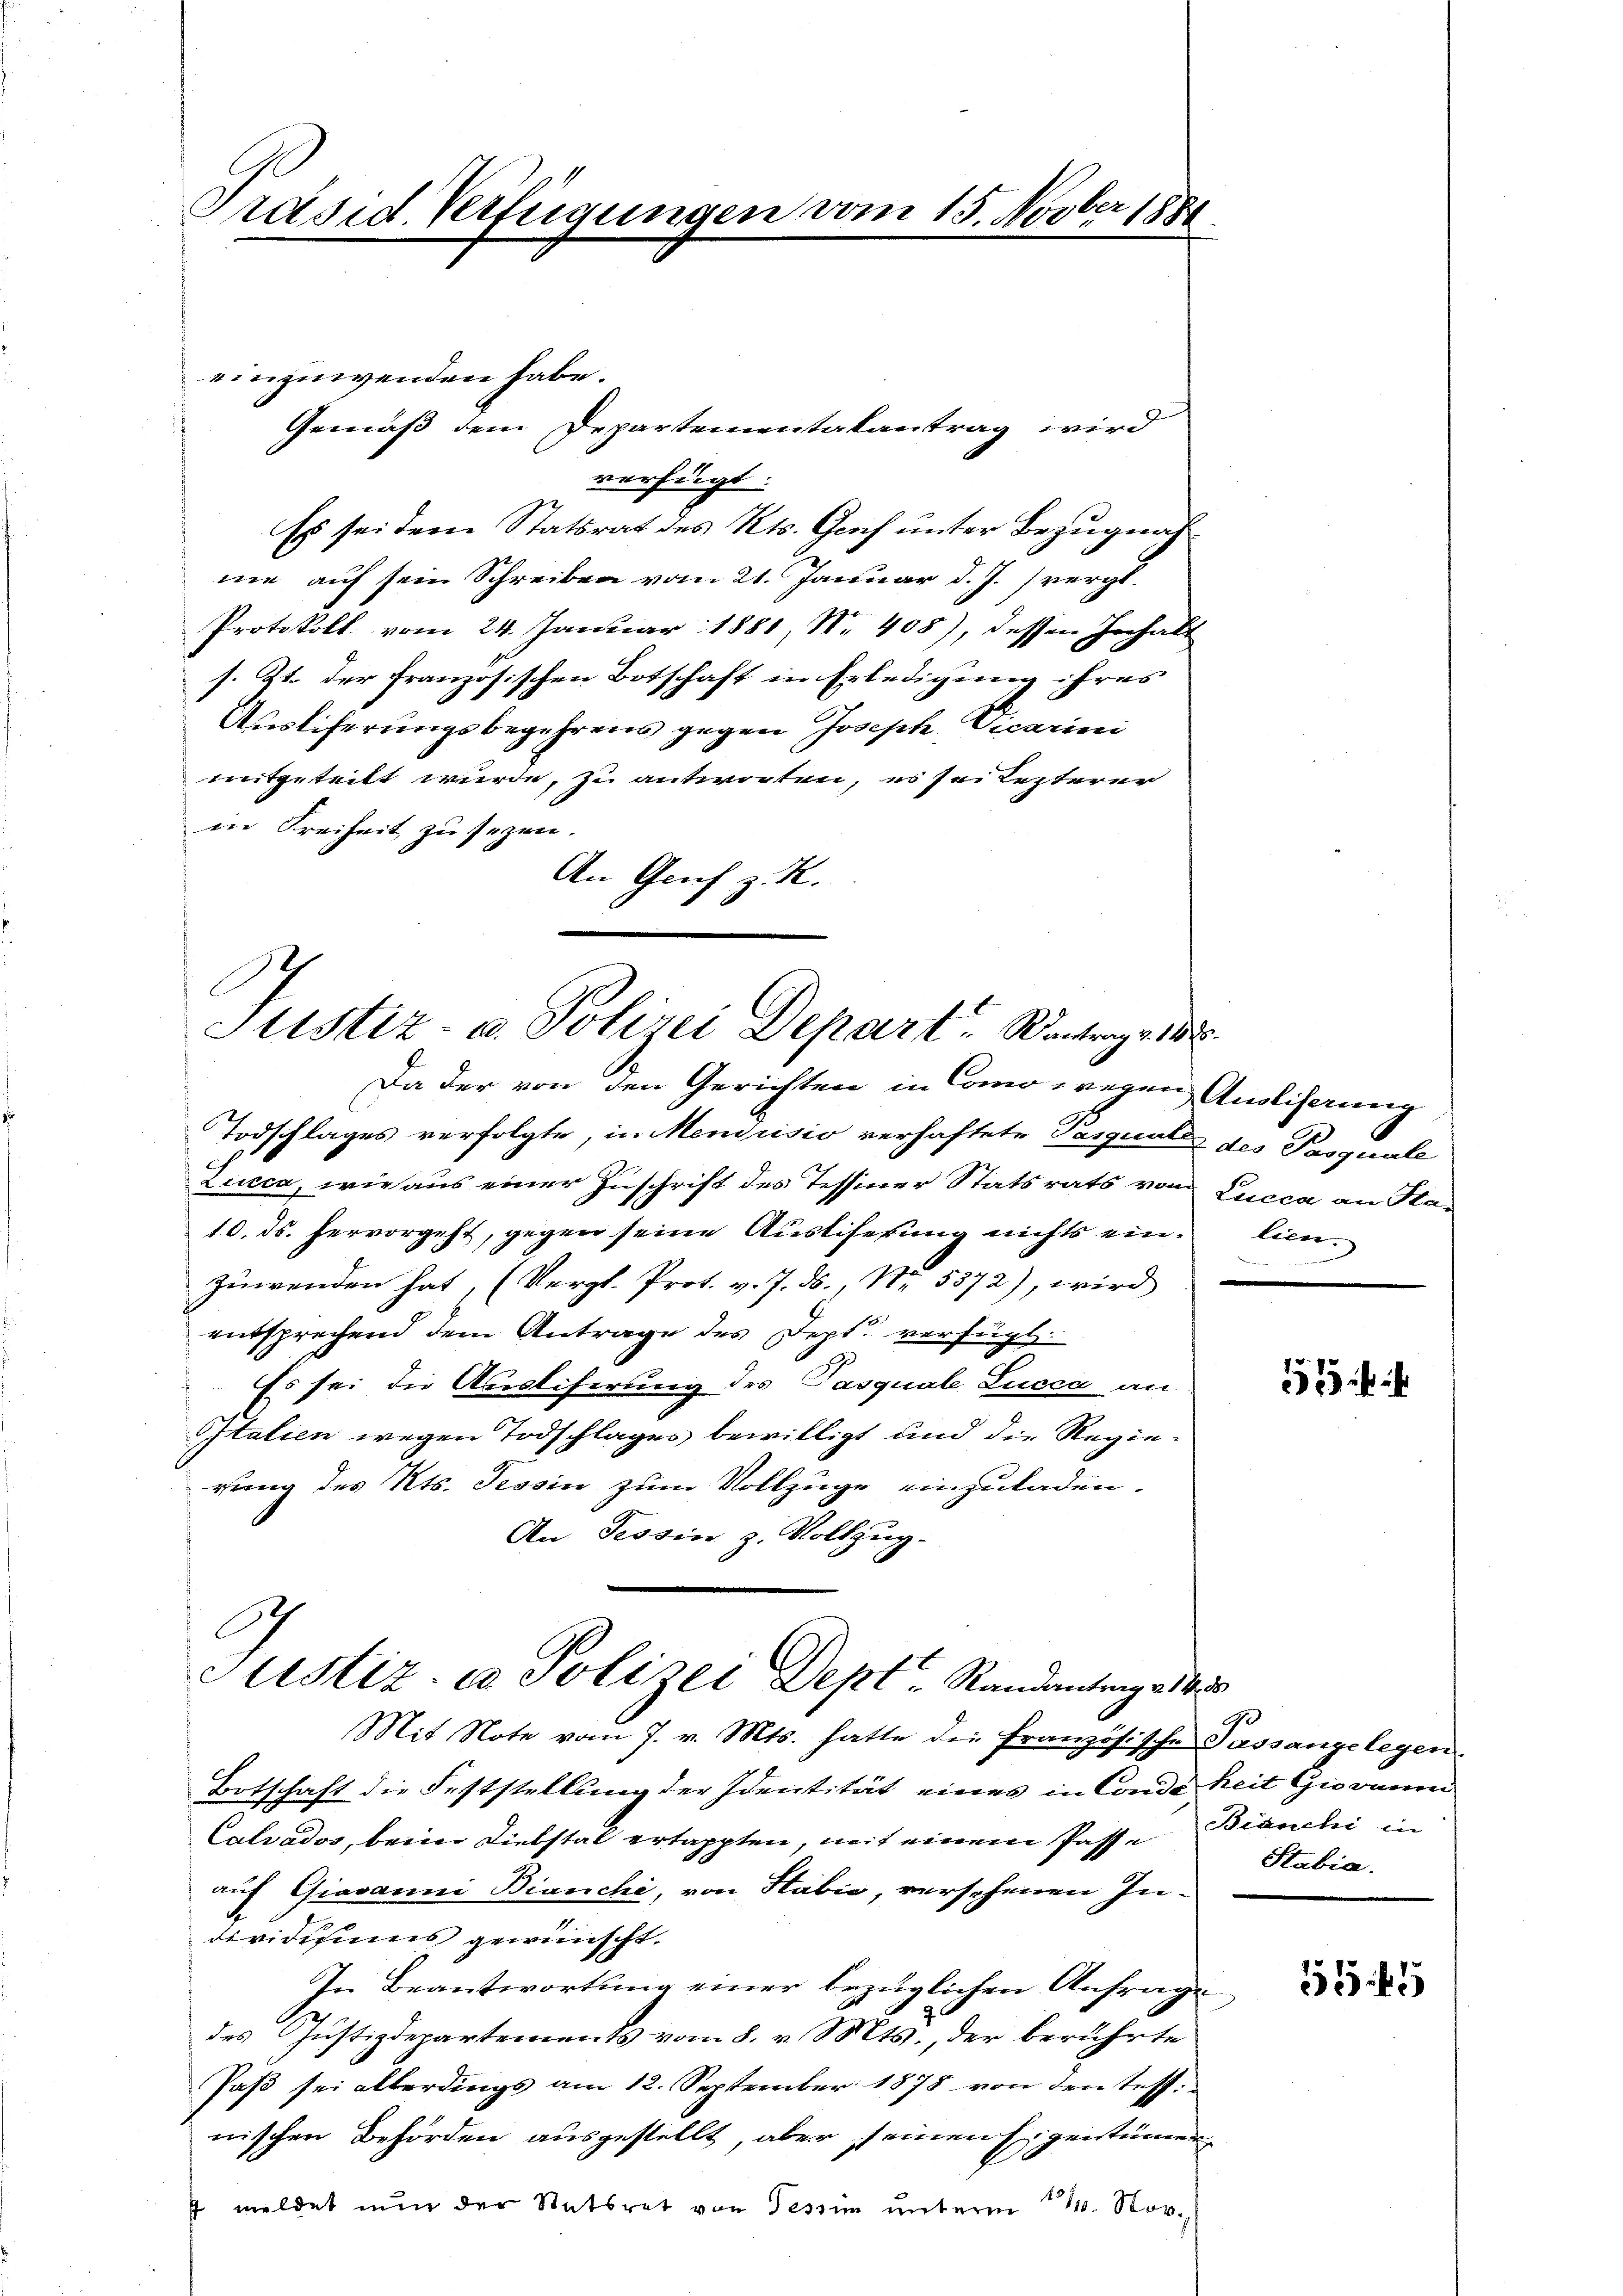
Präsid. Verfügungen vom 15. Novber 188

einzuwenden habe.
Gemäß dem Departementatantrag wird
verfügt:
Es sei dem Statsrat des Kts. Gach unter Bezugnahme auf sein Schreiben vom 21. Januar d. J. vergl.
Protokoll. vom 24. Januar 1881, No 408), dessen Inhalt
s. 2t. der französischen Botschaft in Erledigung ihres
Ausliferungsbegehrens gegen Joseph Vicarien
mitgeteilt wurde, zu antworten, es sei lezterer
in Freiheit zu sezen.
An Genf z. R.

Justiz- u. Polizei Depart. Wentrage d
1
Da der von den Gerichten in Como wegen Anglicherung

Justiz- u. Polizei Dept" Randantrage 1835

Todschlages verfolgte, in Mendrisio verhaftete Pasqual des Pasquale
Lucca, wie aus einer Zuschrift des Tessiner Statsrats von Lucca an Sta¬
10. ds. hervorgeht, gegen seine Austiferung nichts einzuwenden hat, (Vergl. Prot. v. 7. ds., Nr. 5372), wird
entsprechend dem Antrage des Dept. verfügt:
Es sei die Ausliferung des Pasquale Lucca an
Italien wegen Todschlages bewilligt und die Regierung des Kts. Tessin zum Vollzüge einzuladen.
An Tessin z. Vollzug.
Mit Note vom 7. v. Mts. hatte die französische Passangelegen
Botschaft die Feststellung der Identität eines in Conde Zeit Giovaum
Calvados, beim Diebstal ertappten, mit einem Pässe Bianchi in
auf Gravanni Bianchi, von Sabić, versehenen Individisiums gewünscht.
In Beantwortung einer bezüglichen Anfrage
des Justizdepartements vom 8. v. Mts., der berührte
Jaß sei allerdings am 12. September 1878 von den test.
nischen Behörden ausgestellt, aber seinen Eigentümer
 meldet nŭn der Statsrat von Tessin ŭnterm 11. Nov.

lien.

Stabia.

55 f 1